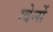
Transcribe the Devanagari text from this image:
ग्वेर्न्से